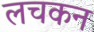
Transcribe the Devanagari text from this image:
लचकन